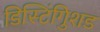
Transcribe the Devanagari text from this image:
डिस्टिंगुिशड